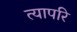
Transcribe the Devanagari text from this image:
त्यापरि